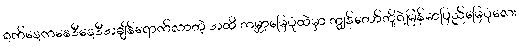
ရက်နေ့ကနေဒီနေ့ဒီအချိန်ရောက်လာတဲ့ အထိ ကမ္ဘာ့မြေပုံထဲမှာ ကျွန်တော်တို့ရဲ့မြန်မာပြည်မြေပုံလေး